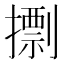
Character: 𢶏